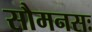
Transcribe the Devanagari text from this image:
सौमनसः